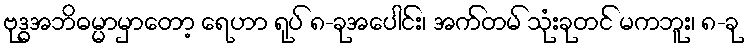
ဗုဒ္ဓအဘိဓမ္မာမှာတော့ ရေဟာ ရုပ် ၈-ခုအပေါင်း၊ အက်တမ် သုံးခုတင် မကဘူး၊ ၈-ခု